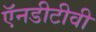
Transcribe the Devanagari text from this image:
ऍनडीटीवी